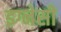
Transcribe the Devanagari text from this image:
इग्नेसी